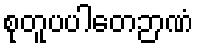
စုတူပပါတေဉာဏံ